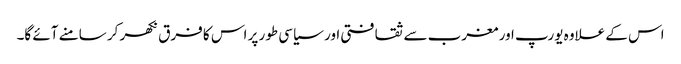
اس کے علاوہ یورپ اور مغرب سے ثقافتی اور سیاسی طور پر اس کا فرق نکھر کر سامنے آئے گا۔